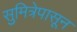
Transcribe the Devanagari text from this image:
सुमित्रेपासून